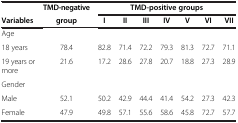
<table><thead><tr><td><b> </b></td><td><b>TMD-negative</b></td><td colspan="7"><b>TMD-positive groups</b></td></tr><tr><td><b>Variables</b></td><td><b>group</b></td><td><b>I</b></td><td><b>II</b></td><td><b>III</b></td><td><b>IV</b></td><td><b>V</b></td><td><b>VI</b></td><td><b>VII</b></td></tr></thead><tbody><tr><td>Age</td><td> </td><td> </td><td> </td><td> </td><td> </td><td> </td><td> </td><td> </td></tr><tr><td>18 years</td><td>78.4</td><td>82.8</td><td>71.4</td><td>72.2</td><td>79.3</td><td>81.3</td><td>72.7</td><td>71.1</td></tr><tr><td>19 years or more</td><td>21.6</td><td>17.2</td><td>28.6</td><td>27.8</td><td>20.7</td><td>18.8</td><td>27.3</td><td>28.9</td></tr><tr><td>Gender</td><td> </td><td> </td><td> </td><td> </td><td> </td><td> </td><td> </td><td> </td></tr><tr><td>Male</td><td>52.1</td><td>50.2</td><td>42.9</td><td>44.4</td><td>41.4</td><td>54.2</td><td>27.3</td><td>42.3</td></tr><tr><td>Female</td><td>47.9</td><td>49.8</td><td>57.1</td><td>55.6</td><td>58.6</td><td>45.8</td><td>72.7</td><td>57.7</td></tr></tbody></table>